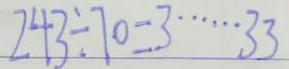
2 4 3 \div 7 0 = 3 \cdots 3 3